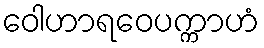
ဝေါဟာရဝေပက္ကာဟံ